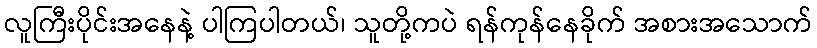
လူကြီးပိုင်းအနေနဲ့ ပါကြပါတယ်၊ သူတို့ကပဲ ရန်ကုန်နေခိုက် အစားအသောက်